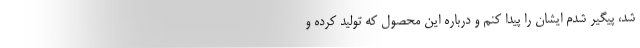
شد، پیگیر شدم ایشان را پیدا کنم و درباره این محصول که تولید کرده و